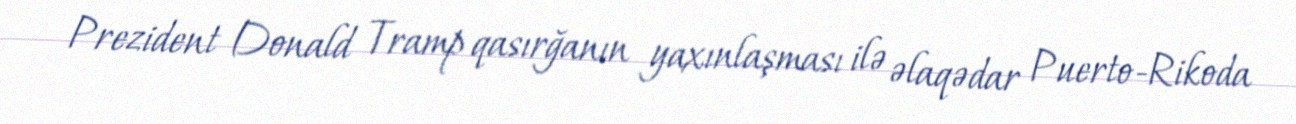
Prezident Donald Tramp qasırğanın yaxınlaşması ilə əlaqədar Puerto-Rikoda